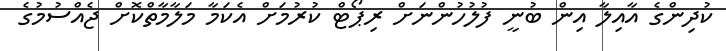
ކުދިންގެ އާއިލާ އިން ބުނީ ފުލުހުންނަށް ރިޕޯޓް ކުރުމަށް އެކަމާ މަލާމާތްކޮށް ޖެއްސުމުގެ